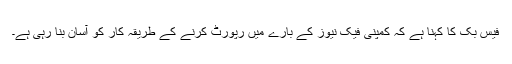
فیس بک کا کہنا ہے کہ کمپنی فیک نیوز کے بارے میں رپورٹ کرنے کے طریقہ کار کو آسان بنا رہی ہے۔